Source: Handwritten
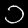
Digit: ၁ (1)